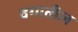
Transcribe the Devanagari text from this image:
वगातील